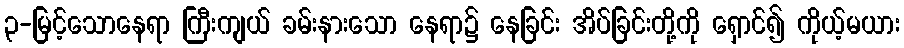
၃-မြင့်သောနေရာ ကြီးကျယ် ခမ်းနားသော နေရာ၌ နေခြင်း အိပ်ခြင်းတို့ကို ရှောင်၍ ကိုယ့်မယား